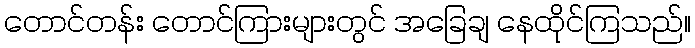
တောင်တန်း တောင်ကြားများတွင် အခြေချ နေထိုင်ကြသည်။